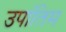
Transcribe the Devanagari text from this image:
उपांतिम